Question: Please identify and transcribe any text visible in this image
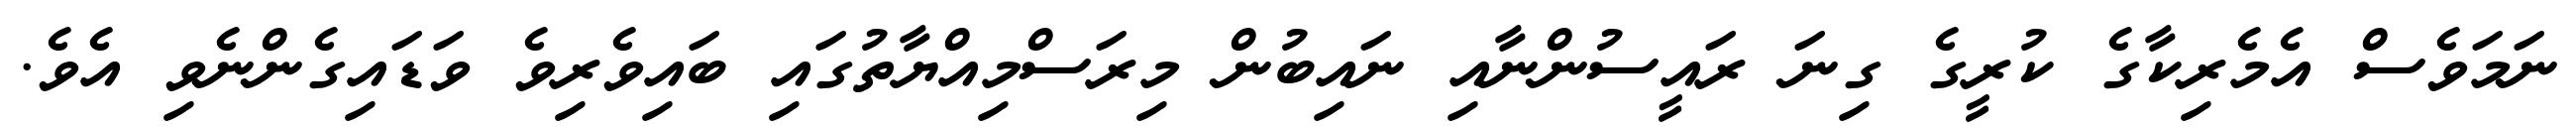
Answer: ނަމަވެސް އެމެރިކާގެ ކުރީގެ ގިނަ ރައީސުންނާއި ނައިބުން މިރަސްމިއްޔާތުގައި ބައިވެރިވެ ވަޑައިގެންނެވި އެވެ.